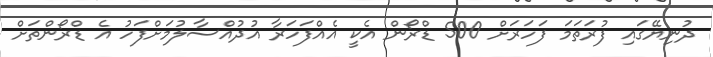
ދުނިޔޭގައި ފުރަތަމަ ފަހަރަށް 500 ޑްރޯން އެކީ އެއްފަހަރާ އުދުއްސާލުމަށްފަހު އެ ޑްރޯންތަށް